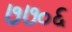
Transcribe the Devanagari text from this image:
७७०६